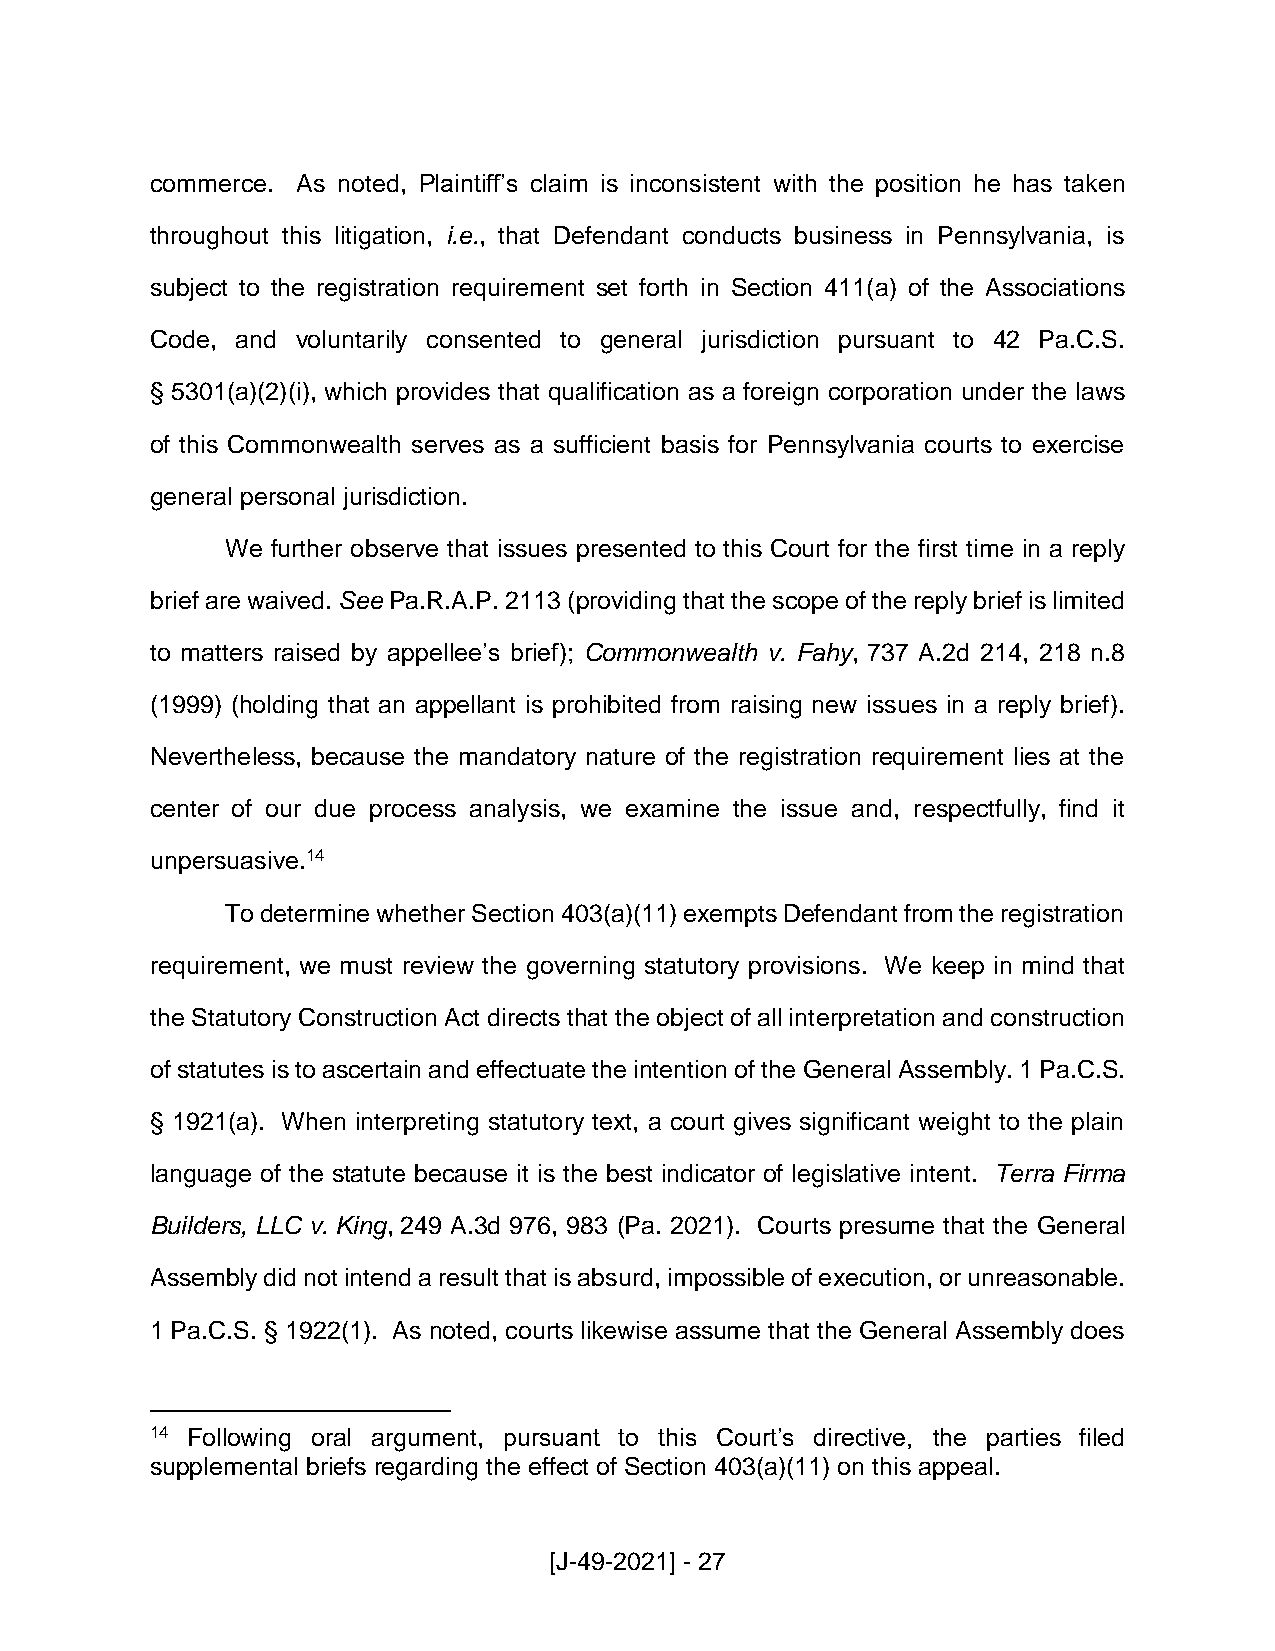
commerce. As noted, Plaintiff’s claim is inconsistent with the position he has taken
 throughout this litigation, i.e., that Defendant conducts business in Pennsylvania, is
 subject to the registration requirement set forth in Section 411(a) of the Associations
 Code, and voluntarily consented to general jurisdiction pursuant to 42 Pa.C.S.
 § 5301(a)(2)(i), which provides that qualification as a foreign corporation under the laws
 of this Commonwealth serves as a sufficient basis for Pennsylvania courts to exercise
 general personal jurisdiction.
 We further observe that issues presented to this Court for the first time in a reply
 brief are waived. See Pa.R.A.P. 2113 (providing that the scope of the reply brief is limited
 to matters raised by appellee’s brief); Commonwealth v. Fahy, 737 A.2d 214, 218 n.8
 (1999) (holding that an appellant is prohibited from raising new issues in a reply brief).
 Nevertheless, because the mandatory nature of the registration requirement lies at the
 center of our due process analysis, we examine the issue and, respectfully, find it
 unpersuasive.14
 To determine whether Section 403(a)(11) exempts Defendant from the registration
 requirement, we must review the governing statutory provisions. We keep in mind that
 the Statutory Construction Act directs that the object of all interpretation and construction
 of statutes is to ascertain and effectuate the intention of the General Assembly. 1 Pa.C.S.
 § 1921(a). When interpreting statutory text, a court gives significant weight to the plain
 language of the statute because it is the best indicator of legislative intent. Terra Firma
 Builders, LLC v. King, 249 A.3d 976, 983 (Pa. 2021). Courts presume that the General
 Assembly did not intend a result that is absurd, impossible of execution, or unreasonable.
 1 Pa.C.S. § 1922(1). As noted, courts likewise assume that the General Assembly does
 14 Following oral argument, pursuant to this Court’s directive, the parties filed
 supplemental briefs regarding the effect of Section 403(a)(11) on this appeal.
 [J-49-2021] - 27